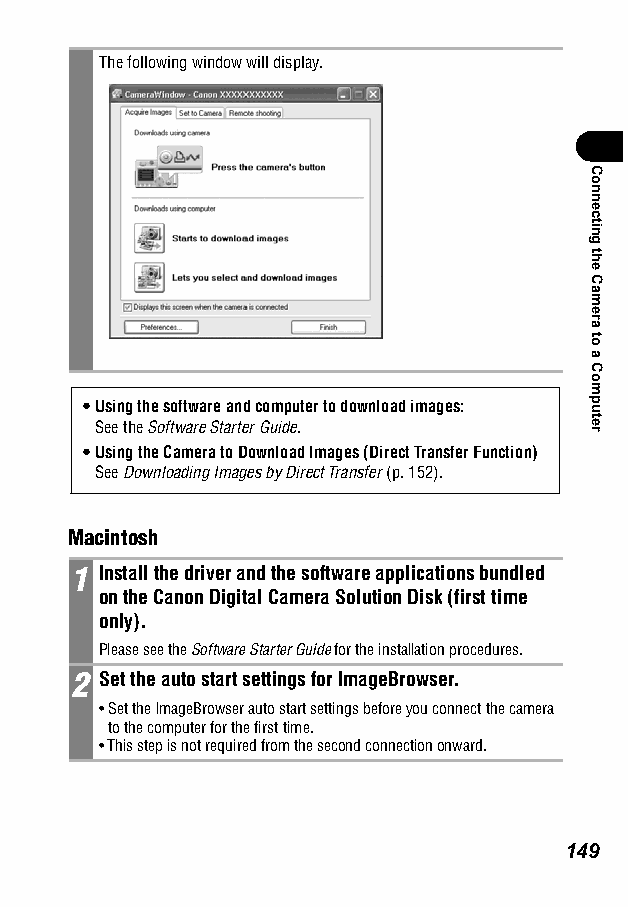
The following window will display.
 •Using the software and computer to download images:
 See the Software Starter Guide.
 •Using the Camera to Download Images (Direct Transfer Function)
 See Downloading Images by Direct Transfer (p. 152).
 Macintosh
 1 Install the driver and the software applications bundled
 on the Canon Digital Camera Solution Disk (first time
 only).
 Please see the Software Starter Guide for the installation procedures.
 2 Set the auto start settings for ImageBrowser.
 •Set the ImageBrowser auto start settings before you connect the camera
 to the computer for the first time.
 •This step is not required from the second connection onward.
 149
 Connecting
 the
 Camera
 to
 a
 Computer